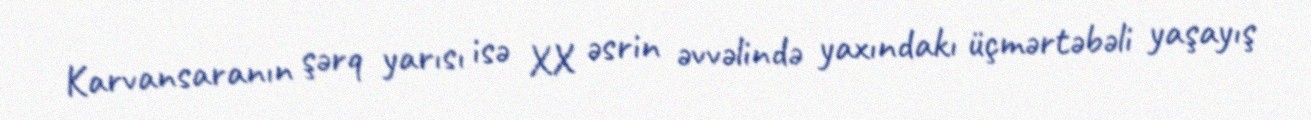
Karvansaranın şərq yarısı isə XX əsrin əvvəlində yaxındakı üçmərtəbəli yaşayış